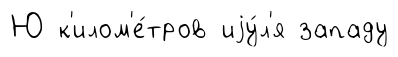
Ю к'илом'е́тров иjу́л'я западу